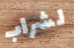
لشراب